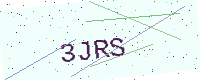
Text: 3JRS